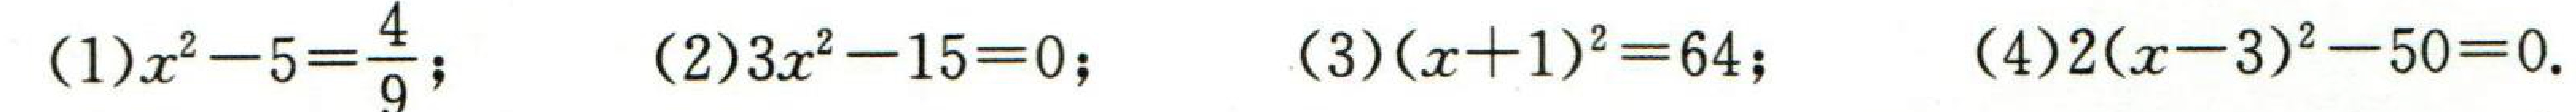
(1)$x^{2}-5 = \frac{4}{9}$; (2)$3x^{2}-15 = 0$; (3)$(x + 1)^{2}=64$; (4)$2(x - 3)^{2}-50 = 0$.